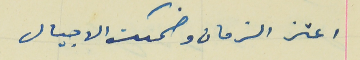
اعتز الزمان وضحكت الاجيال